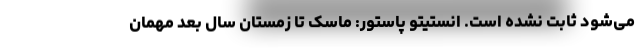
می‌شود ثابت نشده است. انستیتو پاستور: ماسک تا زمستان سال بعد مهمان